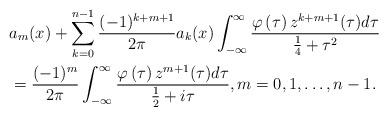
LaTeX: \begin{align*}& a_{m}(x)+\sum_{k=0}^{n-1}\frac{(-1)^{k+m+1}}{2\pi}a_{k}(x)\int_{-\infty}^{\infty}\frac{\varphi\left( \tau\right) z^{k+m+1}(\tau)d\tau}{\frac{1}{4}+\tau^{2}}\\& =\frac{(-1)^{m}}{2\pi}\int_{-\infty}^{\infty}\frac{\varphi\left(\tau\right) z^{m+1}(\tau)d\tau}{\frac{1}{2}+i\tau},m=0,1,\ldots,n-1.\end{align*}